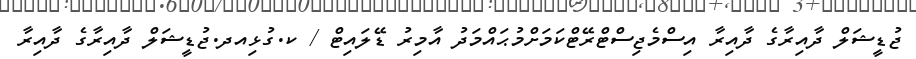
ޖުޑީޝަލް ދާއިރާގެ ދާއިރާ އިސްމެޖިސްޓްރޭޓްކަމަށްމުޙައްމަދު އާމިރު ޑޭލައިޓް / ކ.ގުޅިއދ.ޖުޑީޝަލް ދާއިރާގެ ދާއިރާ